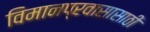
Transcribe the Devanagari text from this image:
विमानप्रवासासाठी